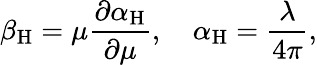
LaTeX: \beta_{\mathrm{H}}=\mu{\frac{\partial\alpha_{\mathrm{H}}}{\partial\mu}},\quad\alpha_{\mathrm{H}}={\frac{\lambda}{4\pi}},